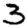
Digit: 3